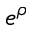
e ^ { \rho }